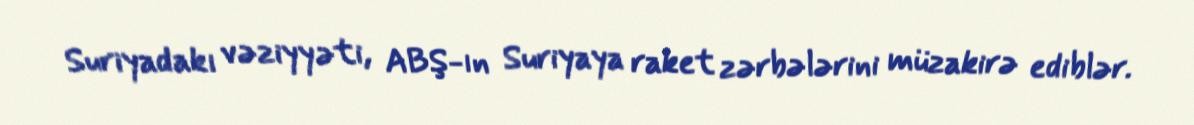
Suriyadakı vəziyyəti, ABŞ-ın Suriyaya raket zərbələrini müzakirə ediblər.